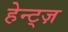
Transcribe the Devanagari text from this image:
हेन्ट्ज़